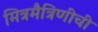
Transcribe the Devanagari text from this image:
मित्रमैत्रिणींची